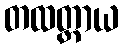
တထတ္ထာယ